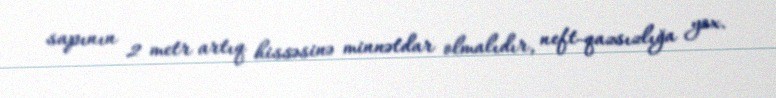
sapının 2 metr artıq hissəsinə minnətdar olmalıdır, neft-qazsızlığa yox.